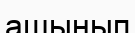
ашынып